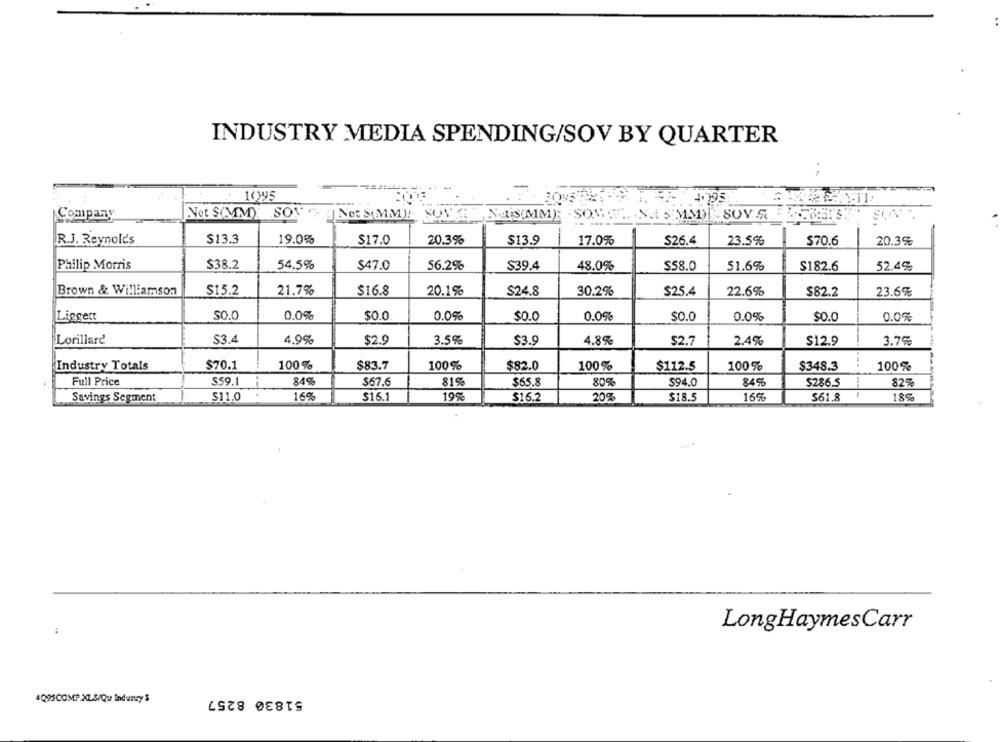
INDUSTRY MEDIA SPENDING/SOV BY QUARTER
1095
3005
Company
Net S(MM) SON'S Net S(MM)
SUVE" NOUSIMME SONST NA SMAN SOY & #88137
R.J. Reynolds
$13.3
19.0%
$17.0
20.3%
$13.9
17.0%
$26.4
23.5%
$70.6
20.3%
Philip Morris
$38.2
54.5%
$47.0
56.2%
$39.4
48.0%
$58.0
51.6%
$182.6
52.4%
$15.2
Brown & Williamson
21.7%
$16.8
20.1%
$24.8
30.2%
$25.4
22.6%
$82.2
23.6%
Liggert
SO.0
0.0%
$0.0
0.0%
$0.0
0.0%
$0.0
0.0%
$0.0
0.0%
Lorillard
$3.4
4.9%
$2.9
3.5%
$3.9
4.8%
2.4%
$12.9
3.7%
$2.7
Industry Totals
$70.1
100%
$83.7
100%
$82.0
100%
$112.5
100%
$348.3
100%
Full Price
$59.1
84%
$67.6
81%
$65.8
80%
S94.0
84%
$286.5
82%
Savings Segment
511.0
16%
$16.1
19%
$16.2
20%
$18.5
16%
$61.8
18%
LongHaymesCarr
51830 8257
4Q95COMP XLS/Qu Industry'S